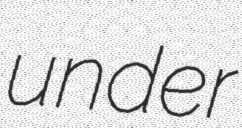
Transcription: under